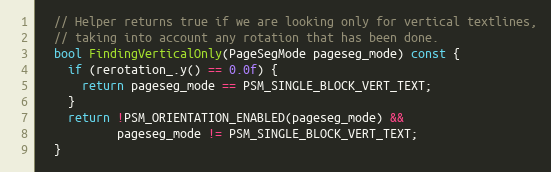
Language: C
  // Helper returns true if we are looking only for vertical textlines,
  // taking into account any rotation that has been done.
  bool FindingVerticalOnly(PageSegMode pageseg_mode) const {
    if (rerotation_.y() == 0.0f) {
      return pageseg_mode == PSM_SINGLE_BLOCK_VERT_TEXT;
    }
    return !PSM_ORIENTATION_ENABLED(pageseg_mode) &&
           pageseg_mode != PSM_SINGLE_BLOCK_VERT_TEXT;
  }